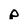
Character: p